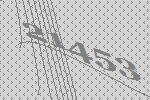
21453